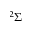
^ 2 \Sigma